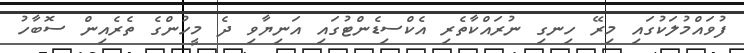
ފުވައްމުލަކުގައި މިރޭ ހިނގި ނުރައްކާތެރި އެކްސިޑެންޓުގައި އަނިޔާވި ދެ މީހުންގެ ތެރެއިން ސޮބާހު